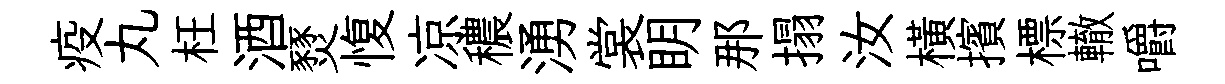
疫丸枉酒燹愎凉穠湧裳眀那搨汝橫擯標轍嚼